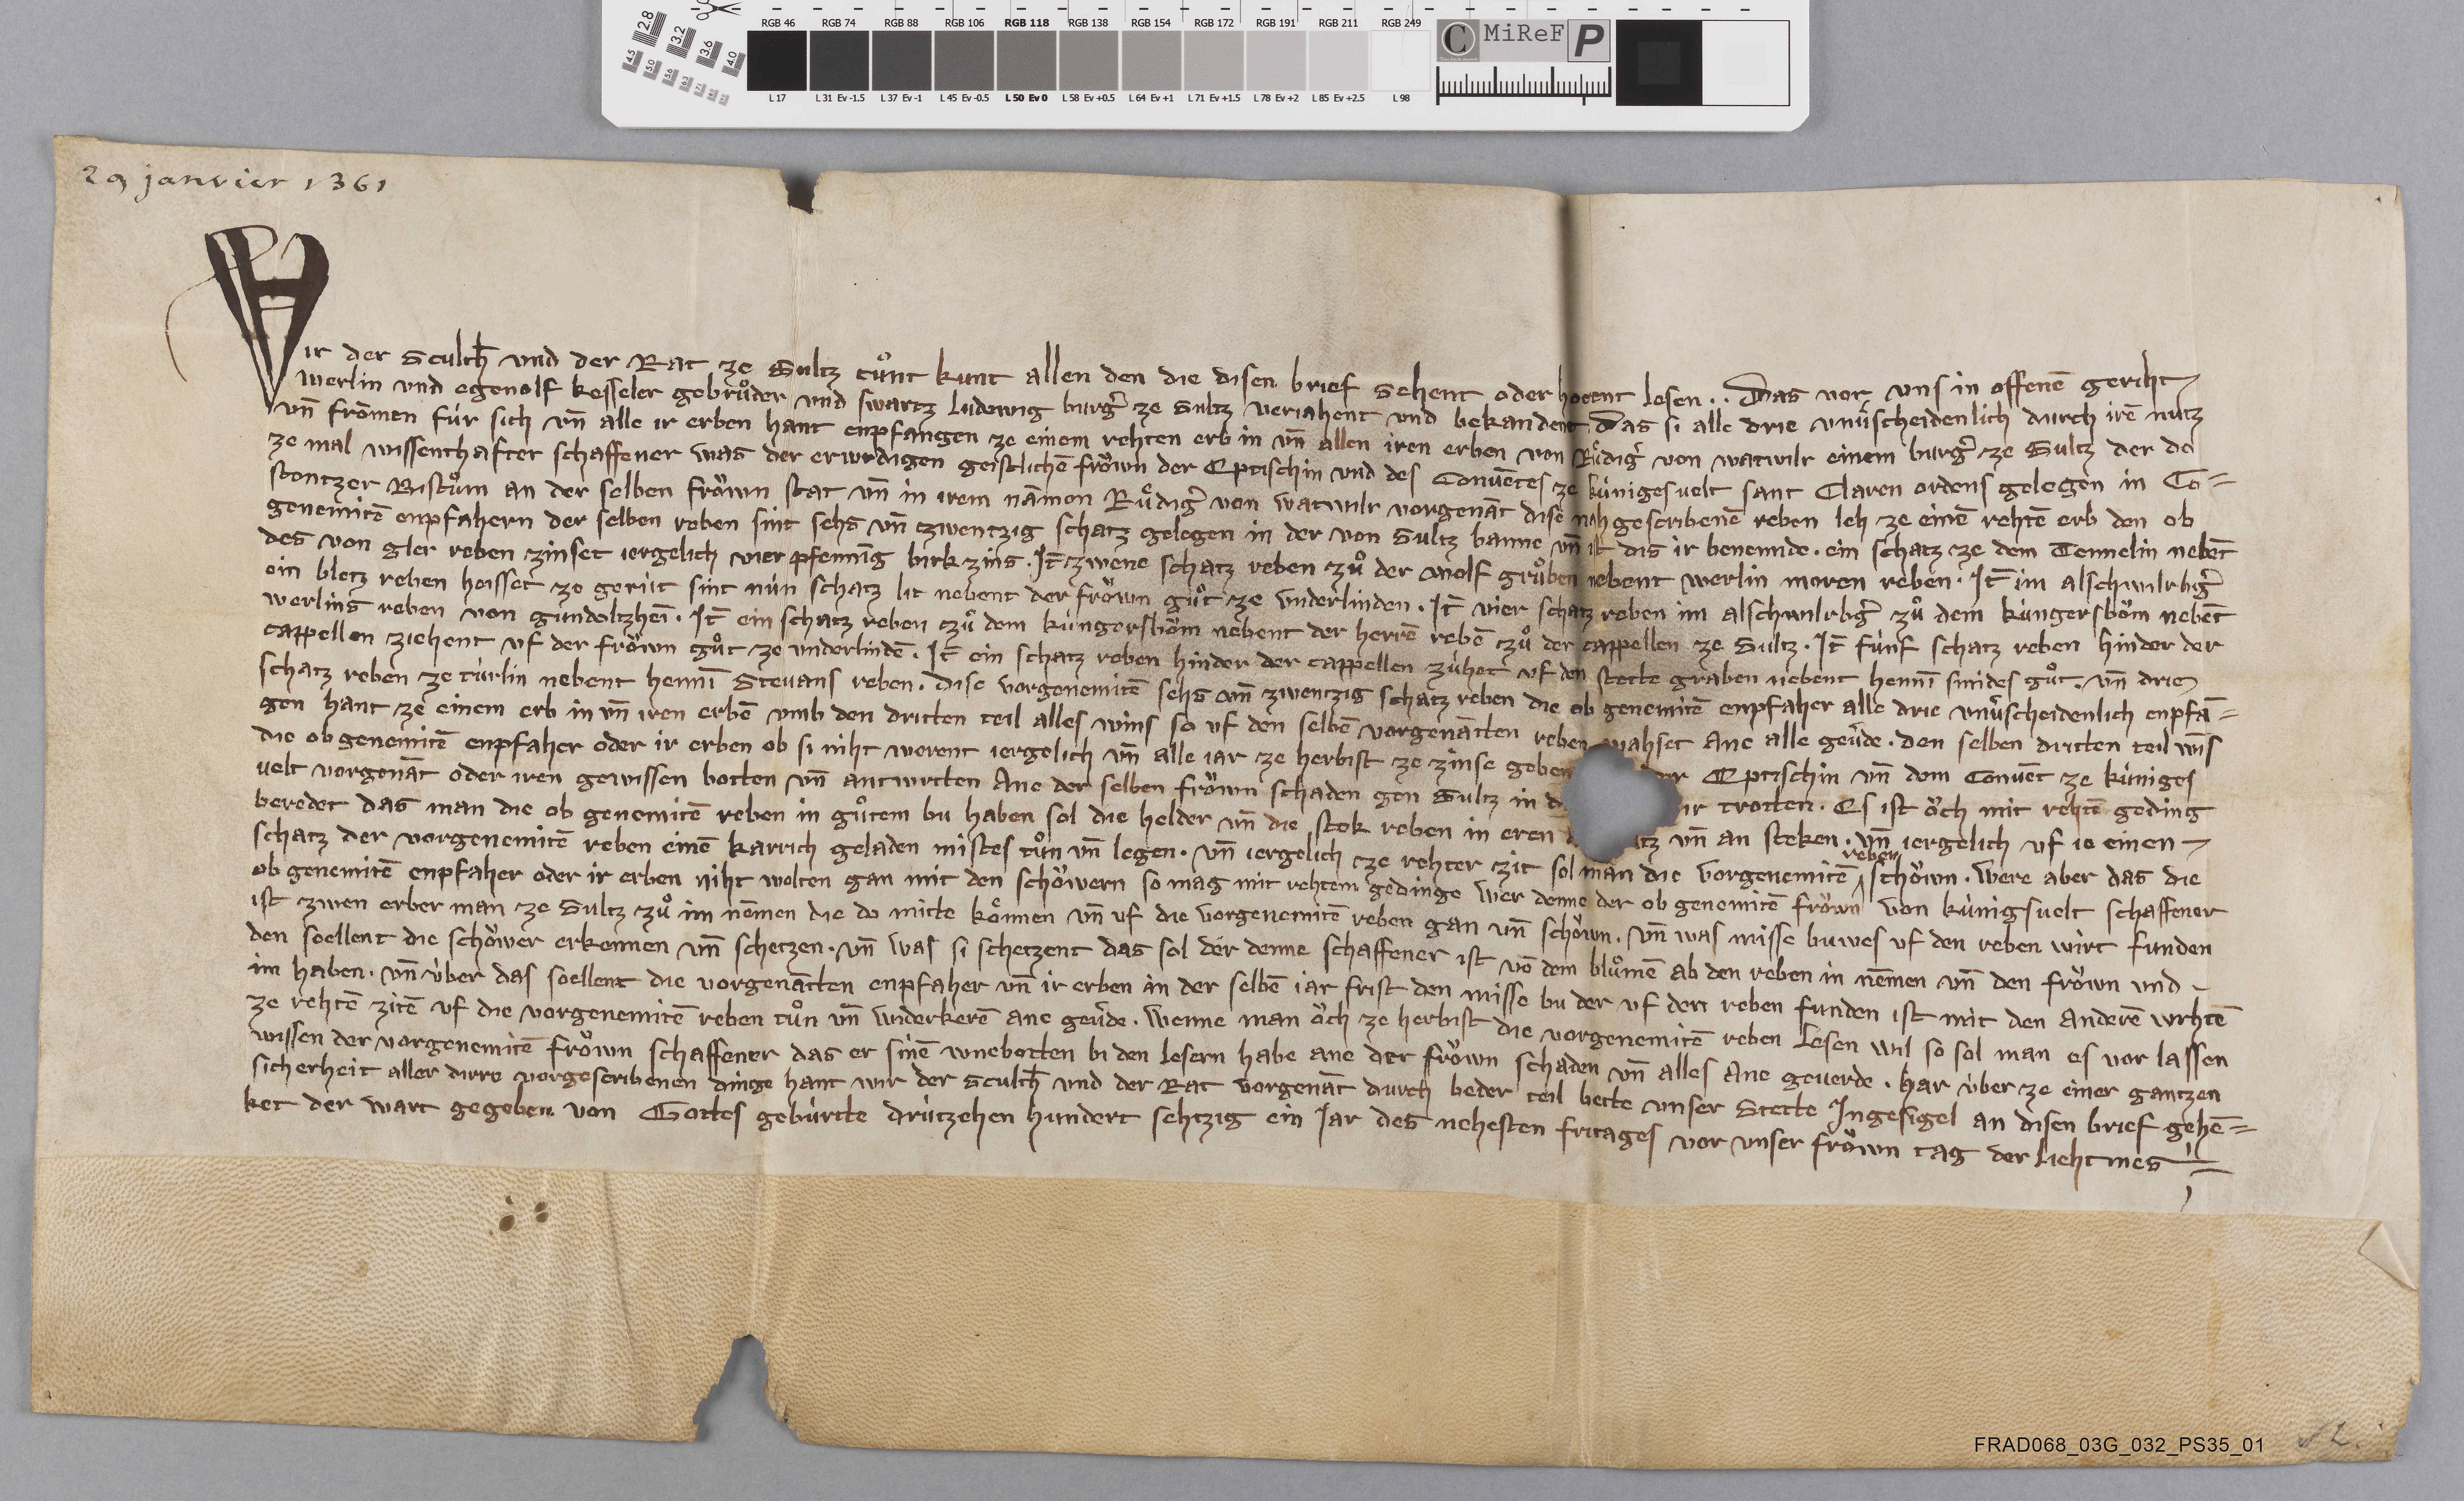
29 janvier 1361

Wir der sculth̄ und der rat ze Sultz tuͦnt kunt allen den die disen brief sehent oder hoerent lesen ✳ ✳ das vor uns in offenē geriht
Merlin und Egenolf Kesseler gebruͦder und Swartz Ludewig burgˀ ze Sultz verjahent und bekandent ✳ das si alle drie unvˀscheidenlich durch irē nutz
un̄ frōmen fùr sich un̄ alle ir erben hant enpfangen ze einem rehten erb in un̄ allen iren erben von Ruͤdigˀ von Watwilr einem burgˀ ze Sultz der da
ze mal wissenthafter schaffener was der erwirdigen geistlichē froͧwn der eptischin und des convētes ze Kùnigesvelt Sant Claren ordens gelegen in Co¬
stentzer bistuͦm an der selben froͧwn stat un̄ in irem nāmon Ruͤdigˀ von Watwilr vorgenāt dise nahgescribenē reben leh ze einē rechtē erb den ob
genemitē enpfahern der selben reben sint sehs un̄ tzwentzig schatz gelegen in der von Sultz banne un̄ ist dis ir benemide ✳ ein schatz ze dem Tennelin nebēt
des von Gler reben zinset jergelich vier pfennīg birk zins. ✳ it̄ zwene schatz reben zuͦ der Wolf gruͦben nebent Werlin Moren reben. ✳ it̄ im Alschwilrbgˀ
ein bletz reben heisset ze Gerùt sint nùn schatz lit nebent der froͧwn guͦt ze Underlinden. ✳ it̄ vier schatz reben im Alschwilrbgˀ zuͦ dem Kùngersboͧm nebēt
Werlins reben von Gùndoltzheī. ✳ it̄ ein schatz reben zuͦ dem Kùngersboͧm nebent der herrē rebē  zuͦ der cappellen ze Sultz. ✳ it̄ fùnf schatz reben hinder der
cappellen ziehent uf der froͧwen guͦt ze Underlindē. ✳ it̄ ein schatz reben hinder der cappellen zùhet uf den stette graben nebent Hennī Smides guͦt. ✳ un̄ drie
schatz reben ze Tùrlin nebent Hennī Stevans reben. ✳ dise vorgenemitē sehs am̄ zwentzig schatz reben die ob genemitē enpfaher alle drie unvˀscheidenlich enpfā¬
gen hant ze einem erb in un̄ iren erbē umb den dritten teil alles wins so uf den selbē vorgenātten reben wahset ane alle gevˀde. ✳ den selben dritten teil wīs
die obgenemitē enpfaher oder ir erben ob si niht werent jergelich un̄ alle jar ze herbist ze zinse geben
der eptischin un̄ dem convēt ze Kùniges-
velt vorgenāt oder iren gewissen botten un̄ antwrtten ane der selben froͧwn schaden gen Sultz in d
r trotten. ✳ es ist oͧch mit rehtē geding
beredet das man die ob genemitē reben in guͦtem bu haben sol die holder un̄ die stok reben in eren
tz un̄ an steken. ✳ un̄ jergelich uf je einen ✳
schatz der vorgenemitē reben einē karrich geladen mistes tuͦn un̄ legen. ✳ un̄ jergelich ze rehter zit sol man die vogenemitē
reben
schoͧwn. ✳ were aber das die
ob genemitē enpfaher oder ir erben niht wolten gan mit den schoͧwern so mag mit rehtem gedinge wer denne der ob genemitē froͧwn von Kùnigsvelt schaffener
ist zwen erber man ze Sultz zuͦ im nēmen die da mitte koͤnnen un̄ uf die vorgenemitē reben gan un̄ schoͧwn. ✳ und was misse buwes uf den reben wirt funden
den soellent die schoͧwer erkennen un̄ schetzen. ✳ un̄ was si schetzent das sol der denne schaffener ist vō dem bluͦmen ab den reben in nēmen un̄ den froͧwn und ✳
im haben. ✳ un̄ ùber das soellent die vorgenātten enpfaher un̄ ir erben in der selbē jar frist den misse bu der uf den reben funden ist mit den anderē wrhtē
ze rehtē zitē uf die vorgenemitē reben tuͦn un̄ widerkerē ane gevˀde. ✳ wenne man oͧch ze herbist die vorgenemitē reben lesen wil so sol man es vor lassen
wissen der vogenemitē froͧwn schaffener das er sinē wnebotten bi den lesern habe ane der froͧwn schaden un̄ alles ane geverde. ✳ har ùber ze einer gantzen
sicherheit aller dirre vorgescribenen dinge hant wir der sculth̄ und der rat vorgenāt durch beder teil bette unser stett ingesigel an disen brief gehē¬
ket der wart gegeben von gottes gebùrte drùtzehen hundert sehtzig ein jar des nehesten fritages vor unser froͧwn tag der liehtmes. ✳